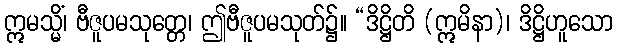
ဣမသ္မိံ၊ ဗီဇူပမသုတ္တေ၊ ဤဗီဇူပမသုတ်၌။ “ဒိဋ္ဌိတိ (ဣမိနာ)၊ ဒိဋ္ဌိဟူသော